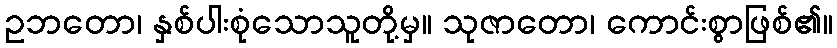
ဥဘတော၊ နှစ်ပါးစုံသောသူတို့မှ။ သုဇာတော၊ ကောင်းစွာဖြစ်၏။